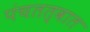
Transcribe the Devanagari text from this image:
पंचतत्वात